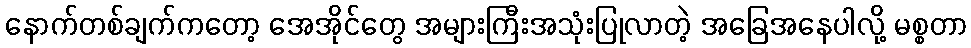
နောက်တစ်ချက်ကတော့ အေအိုင်တွေ အများကြီးအသုံးပြုလာတဲ့ အခြေအနေပါလို့ မစ္စတာ